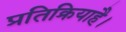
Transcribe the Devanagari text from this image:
प्रतिक्रियाहै।